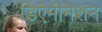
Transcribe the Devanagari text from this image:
डिऐमीनेशन